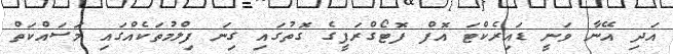
އަދި އޭނާ ވަނީ ޑައިރެކްޓަ އޮފް ފޮޓޯގްރަފީގެ ގޮތުގައި ގިނަ ފިލްމުތަކެއްގައި މަސައްކަތް